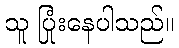
သူ ပြုံးနေပါသည်။